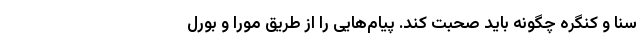
سنا و کنگره چگونه باید صحبت کند. پیام‌هایی را از طریق مورا و بورل